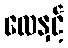
လေနှင့်